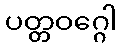
ပတ္တဝဂ္ဂေါ